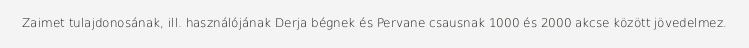
Zaimet tulajdonosának, ill. használójának Derja bégnek és Pervane csausnak 1000 és 2000 akcse között jövedelmez.